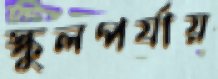
স্কুলপর্যায়